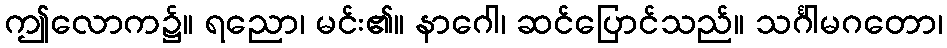
ဤလောက၌။ ရညော၊ မင်း၏။ နာဂေါ၊ ဆင်ပြောင်သည်။ သင်္ဂါမဂတော၊